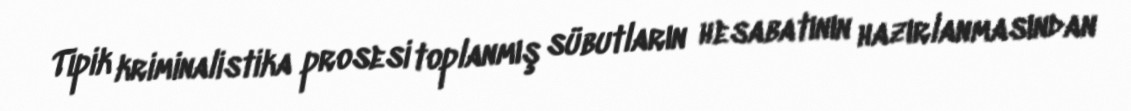
Tipik kriminalistika prosesi toplanmış sübutların hesabatının hazırlanmasından